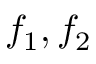
f _ { 1 } , f _ { 2 }